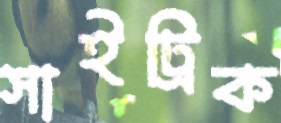
সাইট্রিক